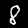
Label: 8